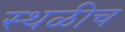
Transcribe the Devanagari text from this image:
स्थळीच